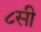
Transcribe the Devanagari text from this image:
८सी